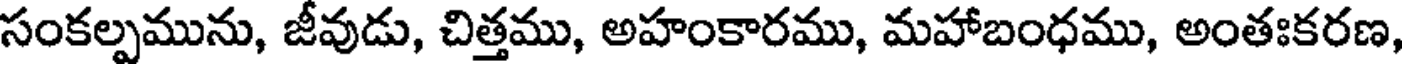
సంకల్పమును, జీవుడు, చిత్తము, అహంకారము, మహాబంధము, అంతఃకరణ,